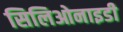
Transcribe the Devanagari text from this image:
सिलिओनाइडी